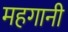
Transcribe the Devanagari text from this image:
महगानी